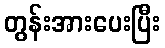
တွန်းအားပေးပြီး